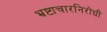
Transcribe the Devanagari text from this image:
भ्रष्टाचारनिरोधी